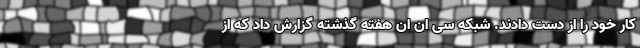
کار خود را از دست دادند. شبکه سی ان ان هفته گذشته گزارش داد که از